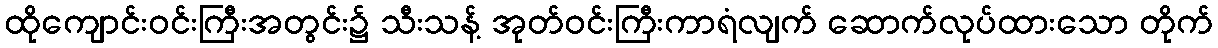
ထိုကျောင်းဝင်းကြီးအတွင်း၌ သီးသန့် အုတ်ဝင်းကြီးကာရံလျက် ဆောက်လုပ်ထားသော တိုက်